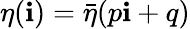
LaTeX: \eta(\mathbf{i})=\bar{{\eta}}(p\mathbf{i}+q)